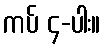
ကပ် ၄-ပါး။